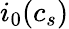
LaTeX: i_{0}(c_{s})